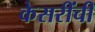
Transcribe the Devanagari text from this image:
केसरींची